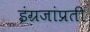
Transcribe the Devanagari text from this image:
इंग्रजांप्रती